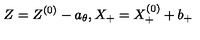
Z = Z ^ { ( 0 ) } - a _ { \theta } , X _ { + } = X _ { + } ^ { ( 0 ) } + b _ { + }